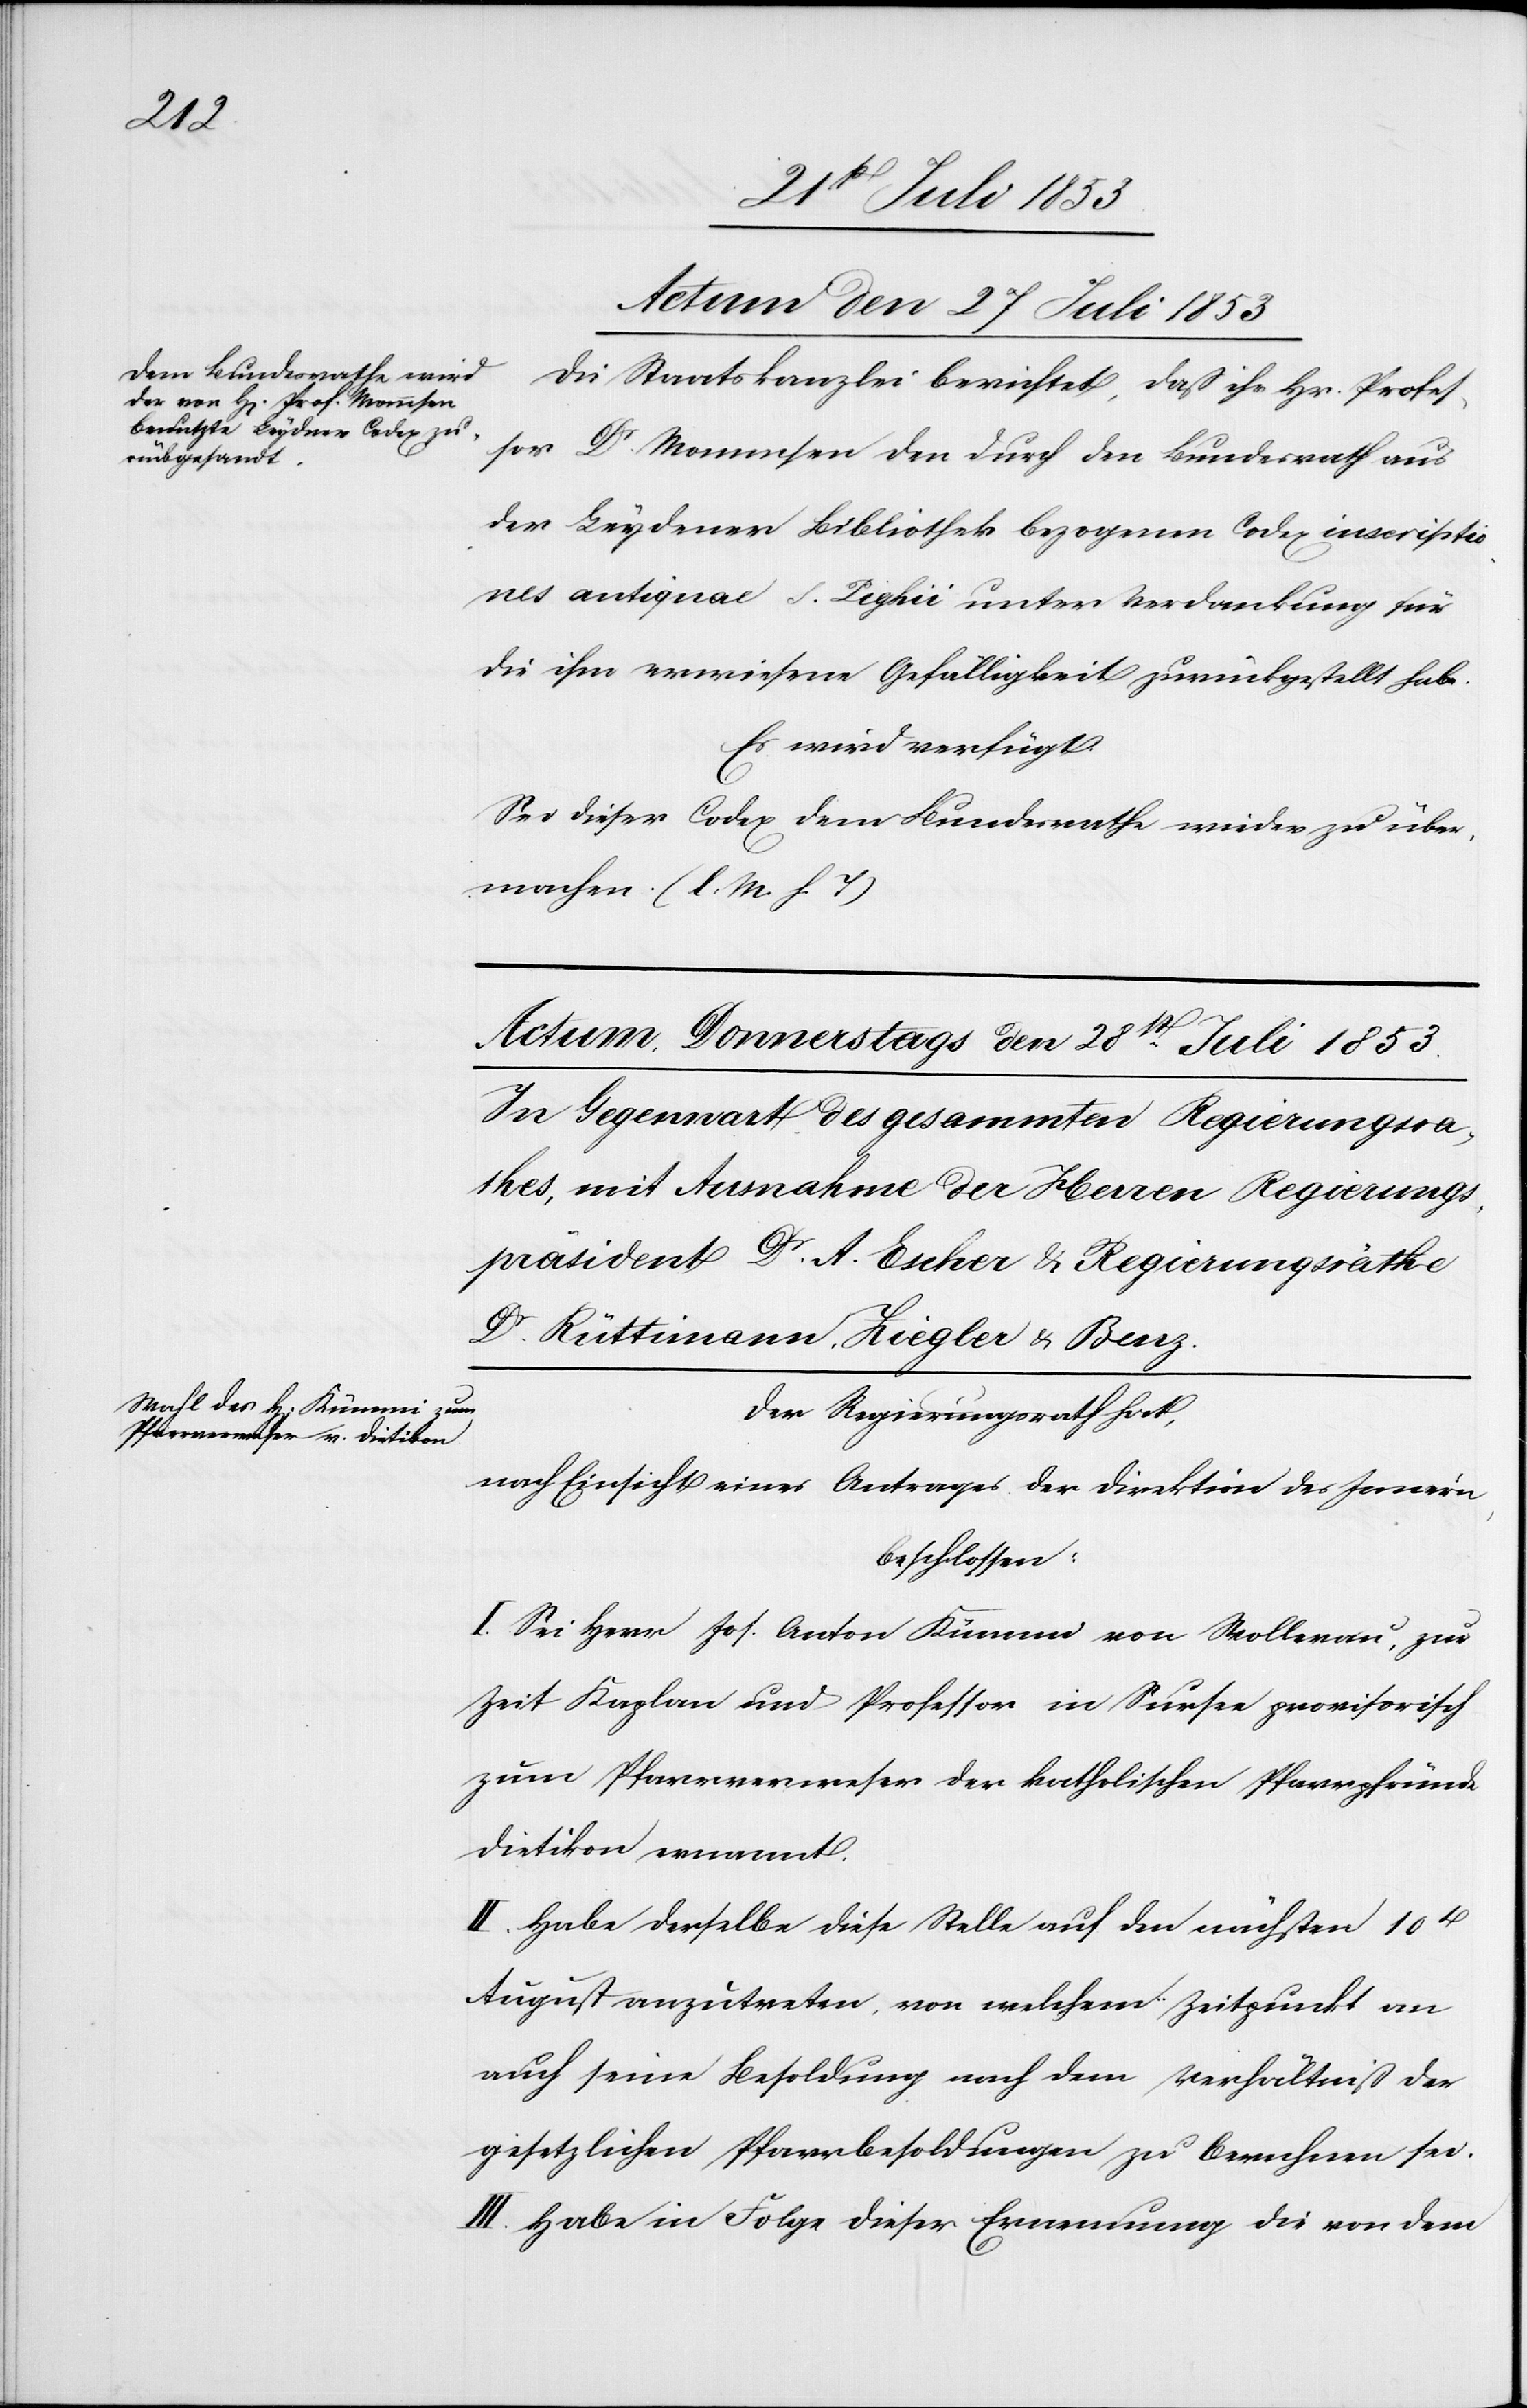
Actum den 27 Juli 1853
Die Staatskanzlei berichtet, daß ihr Hr. Profes¬
sor Dr Mommsen den durch den Bundesrath aus
der Leyener Bibliothek bezogenen Codex inscriptio¬
nes antiguae F. Lighii unter Verdankung für
die ihm erwiesene Gefälligkeit zurückgestellt habe.
Es wird verfügt.
Sei dieser Codex dem Bundesrathe wieder zu über¬
machen. [l. M. h. T]
Der Regierungsrath hat,
nach Einsicht eines Antrages der Direktion des Innern,
beschlossen:
I. Sei Herr Jos. Anton Kümmi von Wollerau, zur
Zeit Kaplan und Professor in Sursee provisorisch
zum Pfarrverweser der katholischen Pfarrpfründe
Dietikon ernannt.
II. Habe derselbe diese Stelle auf den nächsten 10t
August anzutreten von welchem Zeitpunkt an
auch seine Besoldung nach dem Verhältniß der
gesetzlichen Pfarrbesoldungen zu berechnen sei.
III. Habe in Folge dieser Ernennung die von dem